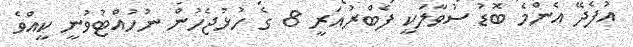
އުފެދޭ އެންމެ ބޮޑު ސުވާލަކީ ފެބްރުއަރީ 8 ގެ ހުޅުޖެހުން ނުހުއްޓުވުނީ ކީއްވެ